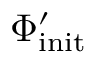
\Phi _ { \mathrm { i n i t } } ^ { \prime }